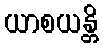
ယာစယန္တိ